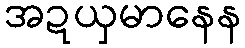
အဍယှမာနေန